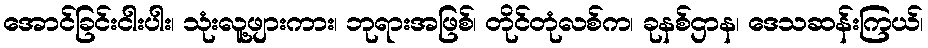
အောင်ခြင်းငါးပါး၊ သုံးလူ့ဖျားကား၊ ဘုရားအဖြစ်၊ တိုင်တုံလစ်က၊ ခုနစ်ဌာန၊ ဒေသဆန်းကြယ်၊